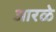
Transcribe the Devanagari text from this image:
आरळे